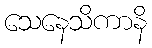
သေနေသိကာနိ